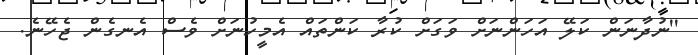
''ނުދާނަން ކަލޭ އަހަންނަށް ވަގަށް ކުރާ ކަންތައް އެމީހުނަށް ވެސް އެނގެން ޖެހޭނެ.